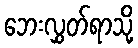
ဘေးလွှတ်ရာသို့